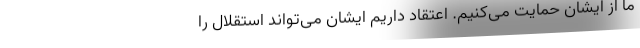
ما از ایشان حمایت می‌کنیم. اعتقاد داریم ایشان می‌تواند استقلال را